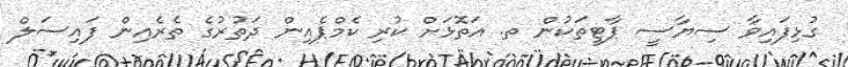
ގުޅިފައިވާ ސިޔާސީ ޕާޓީތަކުން ތ. އަތޮޅަށް ކުރި ކެމްޕެއިން ދަތުރުގެ ތެރެއިން ފައިސަލް